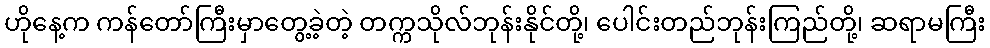
ဟိုနေ့က ကန်တော်ကြီးမှာတွေ့ခဲ့တဲ့ တက္ကသိုလ်ဘုန်းနိုင်တို့၊ ပေါင်းတည်ဘုန်းကြည်တို့၊ ဆရာမကြီး